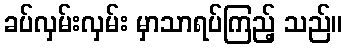
ခပ်လှမ်းလှမ်း မှာသာရပ်ကြည့် သည်။